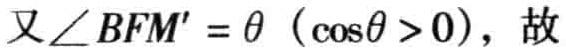
又\(\angle BFM' = \theta\)（\(\cos\theta > 0\)），故